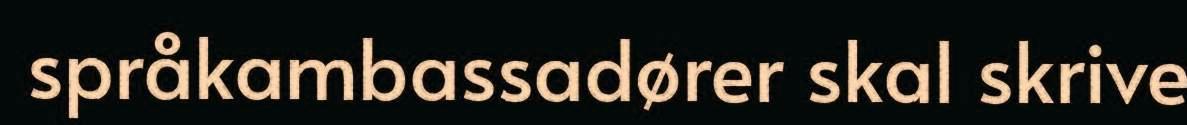
språkambassadører skal skrive